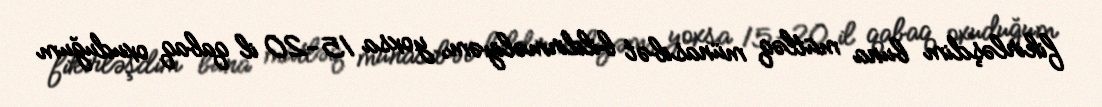
fikirləşdim buna mütləq münasibət bildirməliyəm, yoxsa 15-20 il qabaq oxuduğum